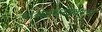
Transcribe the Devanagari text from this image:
तांब्याबरोबरच